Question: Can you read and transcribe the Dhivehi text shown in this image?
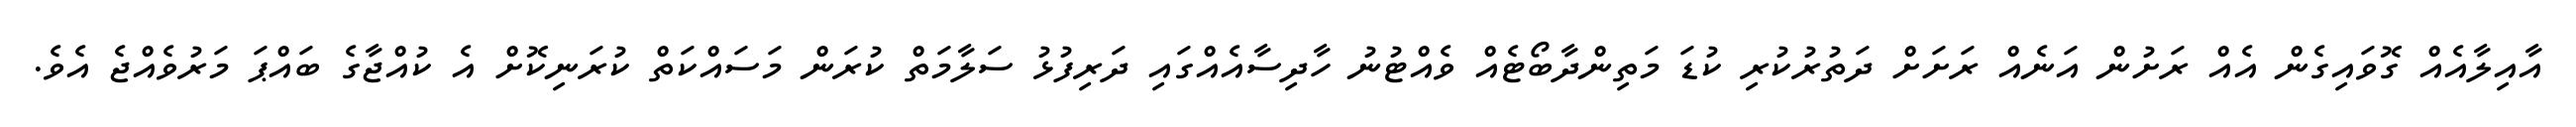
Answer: އާއިލާއެއް ގޮވައިގެން އެއް ރަށުން އަނެއް ރަށަށް ދަތުރުކުރި ކުޑަ މަތިންދާބޯޓެއް ވެއްޓުނު ހާދިސާއެއްގައި ދަރިފުޅު ސަލާމަތް ކުރަން މަސައްކަތް ކުރަނިކޮށް އެ ކުއްޖާގެ ބައްޕަ މަރުވެއްޖެ އެވެ.